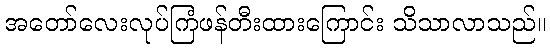
အတော်လေးလုပ်ကြံဖန်တီးထားကြောင်း သိသာလာသည်။